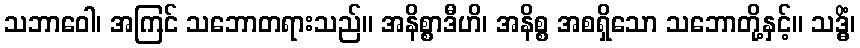
သဘာဝေါ၊ အကြင် သဘောတရားသည်။ အနိစ္စာဒီဟိ၊ အနိစ္စ အစရှိသော သဘောတို့နှင့်။ သဒ္ဓိံ၊